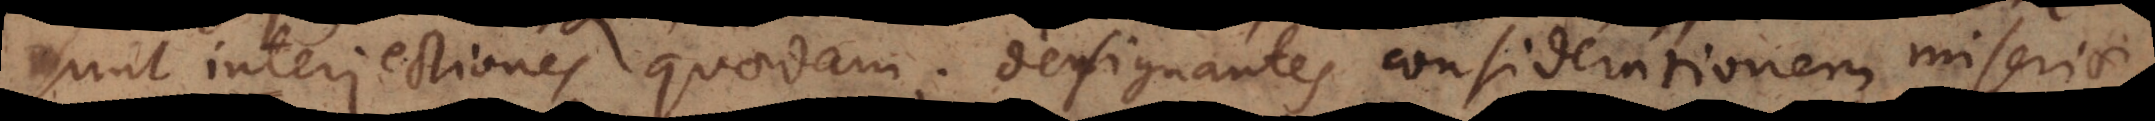
sunt interjectiones quaedam; designantes considerationem miseriae